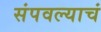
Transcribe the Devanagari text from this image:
संपवल्याचं